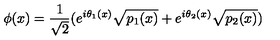
\phi ( x ) = \frac { 1 } { \sqrt { 2 } } ( e ^ { i \theta _ { 1 } ( x ) } \sqrt { p _ { 1 } ( x ) } + e ^ { i \theta _ { 2 } ( x ) } \sqrt { p _ { 2 } ( x ) } )